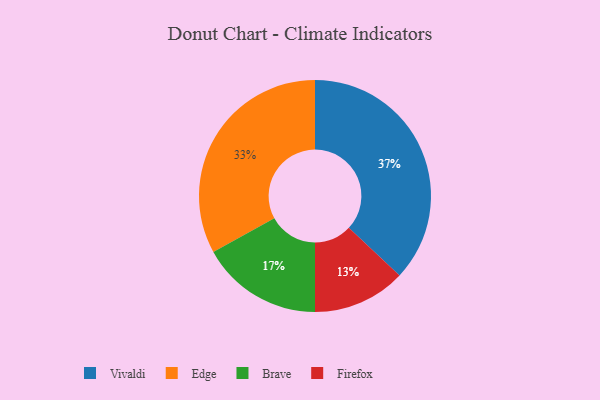
{"axis": {"x": "Category", "y": "Percentage"}, "legend": ["Brave", "Edge", "Firefox", "Vivaldi"], "data": [{"x": "Edge", "y": 33, "type": "Edge"}, {"x": "Vivaldi", "y": 37, "type": "Vivaldi"}, {"x": "Firefox", "y": 13, "type": "Firefox"}, {"x": "Brave", "y": 17, "type": "Brave"}]}